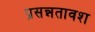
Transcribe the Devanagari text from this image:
प्रसन्नतावश